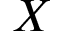
X